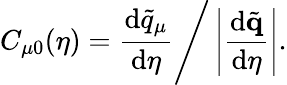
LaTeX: C_{\mu 0}(\eta)=\frac{\mathrm{d}\tilde{q}_{\mu}}{\mathrm{d}\eta}\Bigg/\left|\frac{\mathrm{d}\tilde{\mathbf{q}}}{\mathrm{d}\eta}\right|.